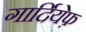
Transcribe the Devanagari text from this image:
गार्दियेफ़